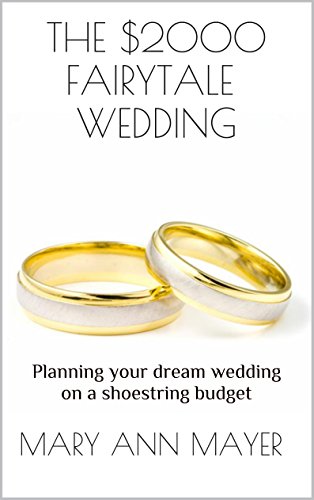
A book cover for THE $2000 FAIRYTALEÂ WEDDING: Planning your dream wedding on a shoestring budget (Wedding Planning Guides Book 1); Mary Ann Mayer; Crafts, Hobbies & Home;